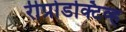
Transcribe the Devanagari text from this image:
रीप्रोडक्टिव्ह